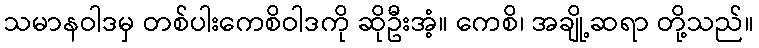
သမာနဝါဒမှ တစ်ပါးကေစိဝါဒကို ဆိုဦးအံ့။ ကေစိ၊ အချို့ဆရာ တို့သည်။